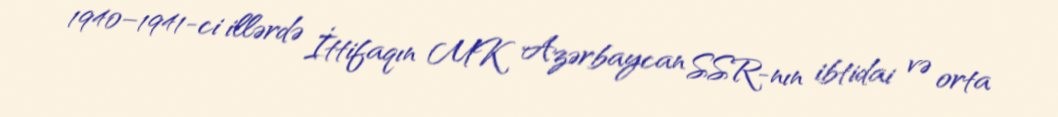
1940–1941-ci illərdə İttifaqın MK Azərbaycan SSR-nın ibtidai və orta